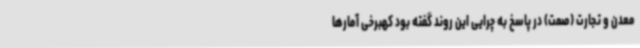
معدن و تجارت (صمت) در پاسخ به چرایی این روند گفته بود کهبرخی آمارها